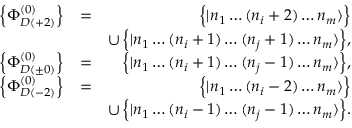
\begin{array} { r l r } { \left\{ \Phi _ { D ( + 2 ) } ^ { ( 0 ) } \right\} } & { = } & { \Big \{ | n _ { 1 } \dots ( n _ { i } + 2 ) \dots n _ { m } \rangle \Big \} } \\ & { } & { \cup \, \Big \{ | n _ { 1 } \dots ( n _ { i } + 1 ) \dots ( n _ { j } + 1 ) \dots n _ { m } \rangle \Big \} , } \\ { \left\{ \Phi _ { D ( \pm 0 ) } ^ { ( 0 ) } \right\} } & { = } & { \Big \{ | n _ { 1 } \dots ( n _ { i } + 1 ) \dots ( n _ { j } - 1 ) \dots n _ { m } \rangle \Big \} , } \\ { \left\{ \Phi _ { D ( - 2 ) } ^ { ( 0 ) } \right\} } & { = } & { \Big \{ | n _ { 1 } \dots ( n _ { i } - 2 ) \dots n _ { m } \rangle \Big \} } \\ & { } & { \cup \, \Big \{ | n _ { 1 } \dots ( n _ { i } - 1 ) \dots ( n _ { j } - 1 ) \dots n _ { m } \rangle \Big \} . } \end{array}